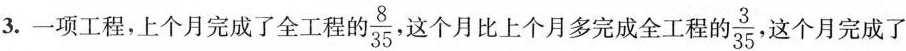
3.一项工程，上个月完成了全工程的\frac{8}{35},这个月比上个月多完成全工程的\frac{3}{35},这个月完成了